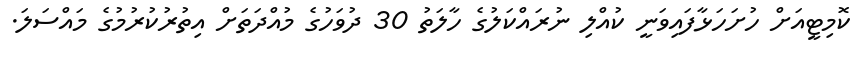
ކޮމިޓީއަށް ހުށަހަޅާފައިވަނީ ކުއްލި ނުރައްކަލުގެ ހާލަތު 30 ދުވަހުގެ މުއްދަތަށް އިތުރުކުރުމުގެ މައްސަލަ.